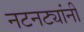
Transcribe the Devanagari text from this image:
नटनट्यांनी